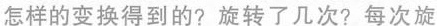
怎样的变换得到的?旋转了几次?每次旋